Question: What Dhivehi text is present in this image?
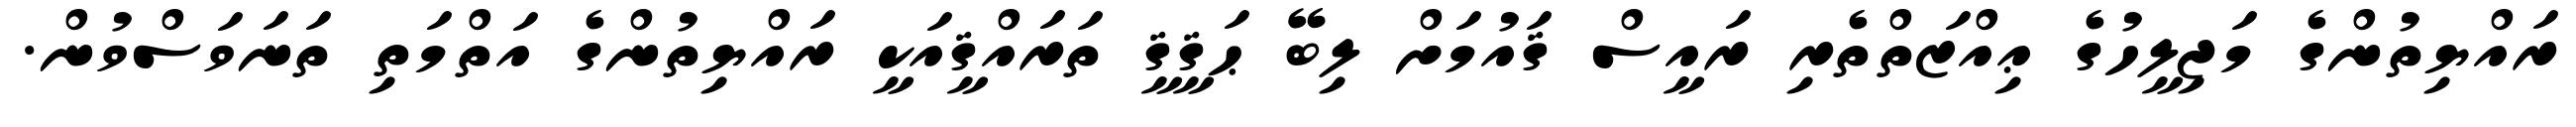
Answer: ރައްޔިތުންގެ މަޖިލީހުގެ ޢިއްޒަތްތެރި ރައީސް ޤައުމަށް ލިބޭ ޙަޤީޤީ ތަރައްޤީއަކީ ރައްޔިތުންގެ އަތްމަތި ތަނަވަސްވުން.